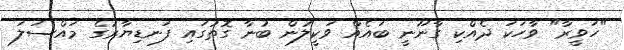
"ހަވީރާ" ވާހަކަ ދެއްކި ގާނޫނީ ބައެއް ވަކީލުން ބުނާ ގޮތުގައި ފަނޑިޔާރުގެ މައްސަލަ